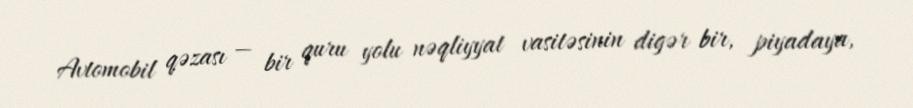
Avtomobil qəzası — bir quru yolu nəqliyyat vasitəsinin digər bir, piyadaya,